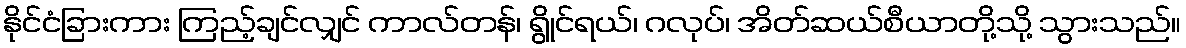
နိုင်ငံခြားကား ကြည့်ချင်လျှင် ကာလ်တန်၊ ရွိုင်ရယ်၊ ဂလုပ်၊ အိတ်ဆယ်စီယာတို့သို့ သွားသည်။